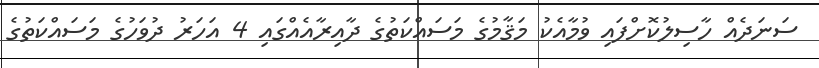
ސަނަދެއް ހާސިލުކޮށްފައި ވުމާއެކު މަޤާމުގެ މަސައްކަތުގެ ދާއިރާއެއްގައި 4 އަހަރު ދުވަހުގެ މަސައްކަތުގެ